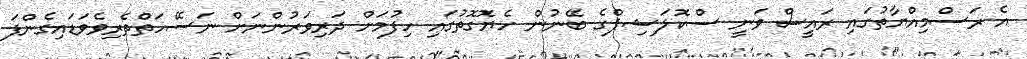
އެ ރަސްމިއްޔާތުގައި ރައީސް ވަނީ ސްކޮލަޝިޕްގެ ބޭނުން ހެޔޮގޮތުގައި ހިފުމަށް ދަރިވަރުންނަށް ނަސޭހަތްތެރިވެވަޑައިގެންފަ